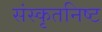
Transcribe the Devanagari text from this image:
संस्कृतनिष्ट